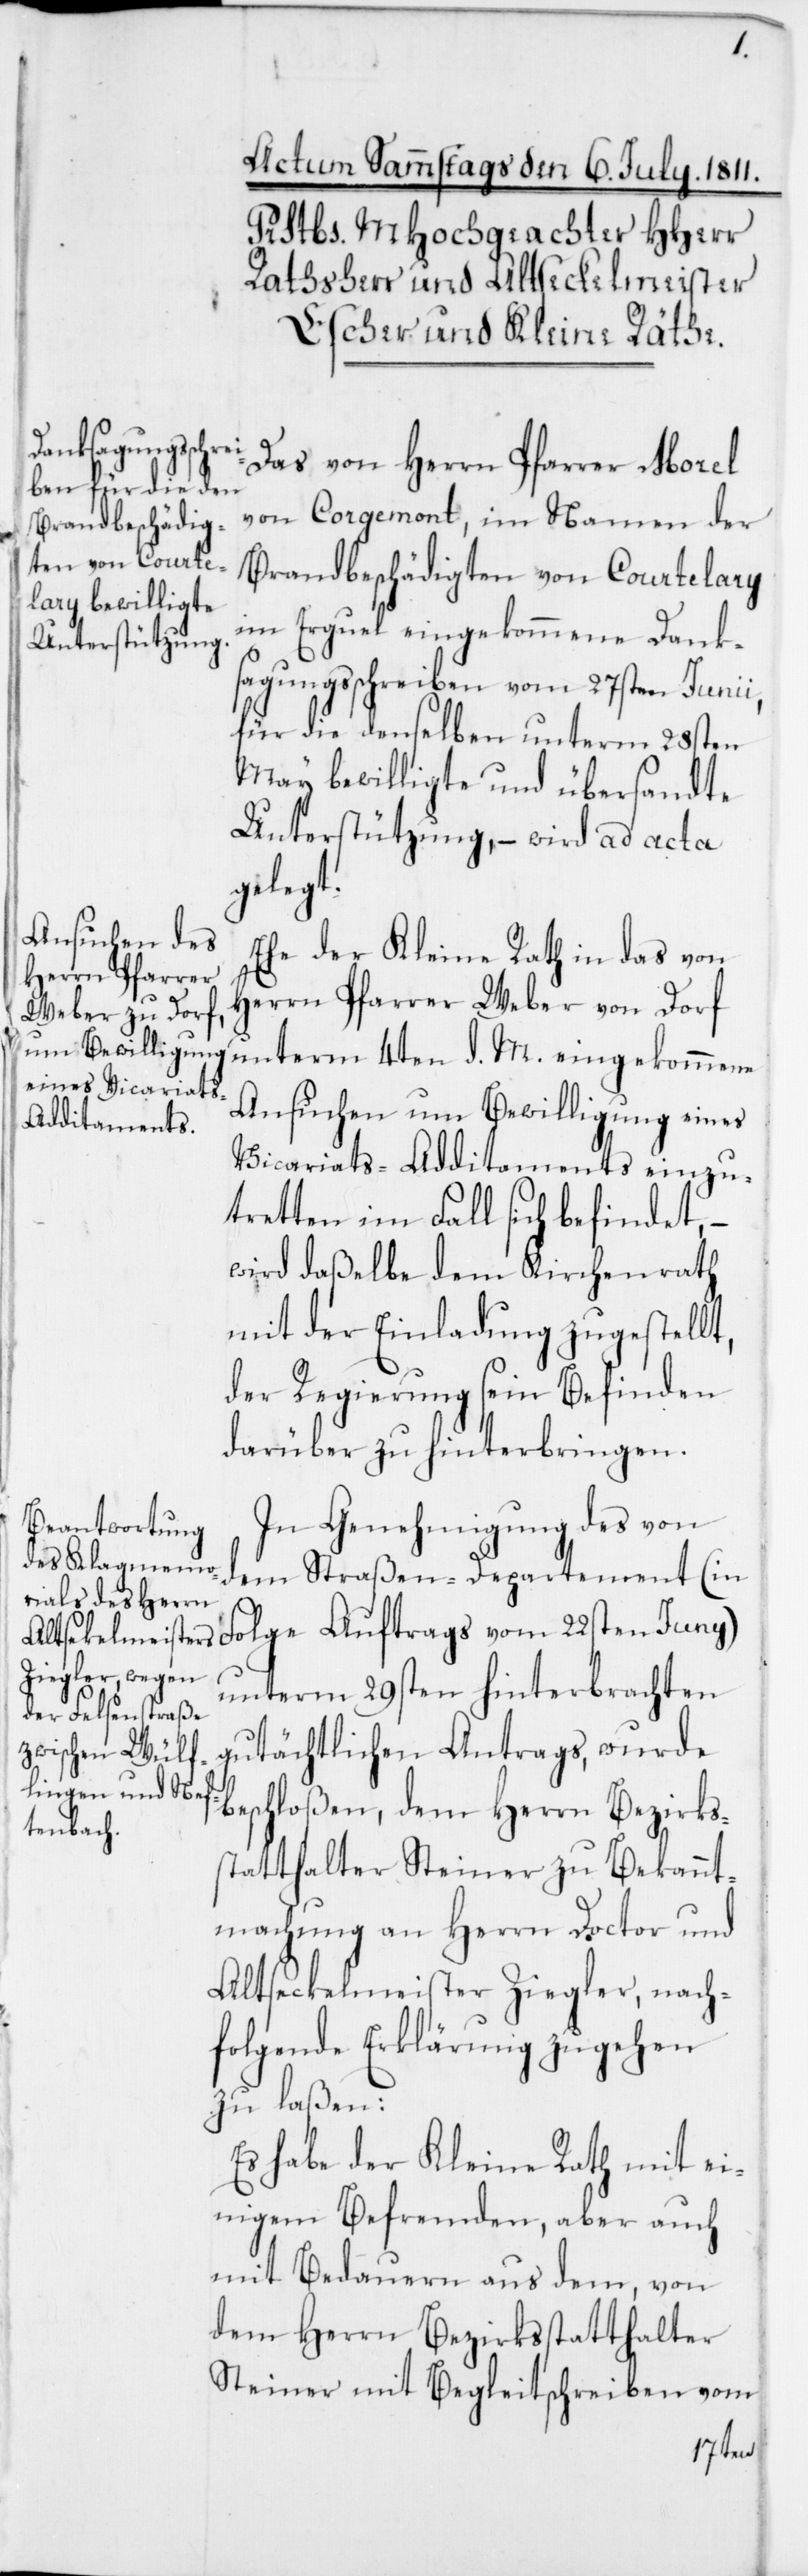
d.
Das von Herrn Pfarrer Morel
von Corgemont, im Namen der
Brandbeschädigten von Courtelary
im Erguel eingekommene Dank¬
sagungsschreiben vom 27sten Junii,
für die denselben unterm 28sten
May bewilligte und übersandte
Unterstützung, —wird ad acta
gelegt.
Ehe der Kleine Rath in das von
Herrn Pfarrer Weber von Dorf
Ansuchen um Bewilligung eines
Vicariats-Additamtents einzu¬
tretten im Fall sich befindet, –
wird daßelbe dem Kirchenrath
mit der Einladung zugestellt,
der Regierung sein Befinden
darüber zu hinterbringen.
In Genehmigung des von
dem Straßen-Departement [in
Folge Auftrags vom 22sten Juny]
unterm 29sten hinterbrachten
gutächtlichen Antrags, wurde
beschloßen, dem Herrn Bezirks¬
statthalter Steiner zu Bekannt¬
machung an Herrn Doctor und
Altseckelmeister Ziegler, nach¬
folgende Erklärung zugehen
zu laßen:
Es habe der Kleine Rath mit ei¬
nigem Befremden, aber auch
mit Bedauern aus dem, von
dem Herrn Bezirksstatthalter
Steiner mit Begleitschreiben vom
4ten